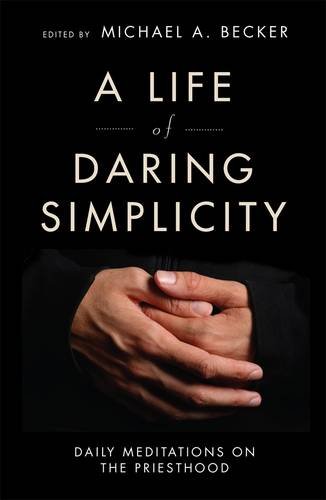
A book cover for A Life of Daring Simplicity: Daily Meditations on the Priesthood; Christian Books & Bibles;